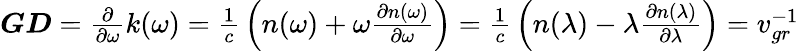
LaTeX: {\begin{array}{l}{{\boldsymbol{\mathit{GD}}}={\frac{\partial}{\partial\omega}}k\mathrm{(}\omega\mathrm{)}={\frac{\mathrm{1}}{c}}\left(n\mathrm{(}\omega\mathrm{)}+\omega{\frac{\partial n\mathrm{(}\omega\mathrm{)}}{\partial\omega}}\right)={\frac{\mathrm{1}}{c}}\left(n\mathrm{(}\lambda\mathrm{)}-\lambda{\frac{\partial n\mathrm{(}\lambda\mathrm{)}}{\partial\lambda}}\right)=v_{gr}^{\mathrm{-}\mathrm{1}}}\end{array}}